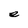
Character: e